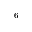
_ 6